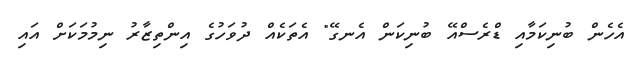
އެހެން ބުނިކަމާއި ޑްރެސްއޭ ބުނިކަން އެނގޭ" އެތަކެއް ދުވަހުގެ އިންތިޒާރު ނިމުމަކަށް އައި